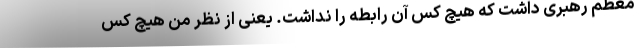
معظم رهبری داشت که هیچ کس آن رابطه را نداشت. یعنی از نظر من هیچ کس